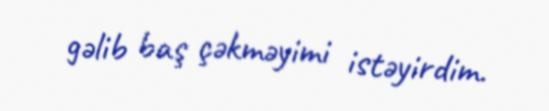
gəlib baş çəkməyimi istəyirdim.